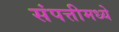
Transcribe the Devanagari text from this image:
संपत्तीमध्ये